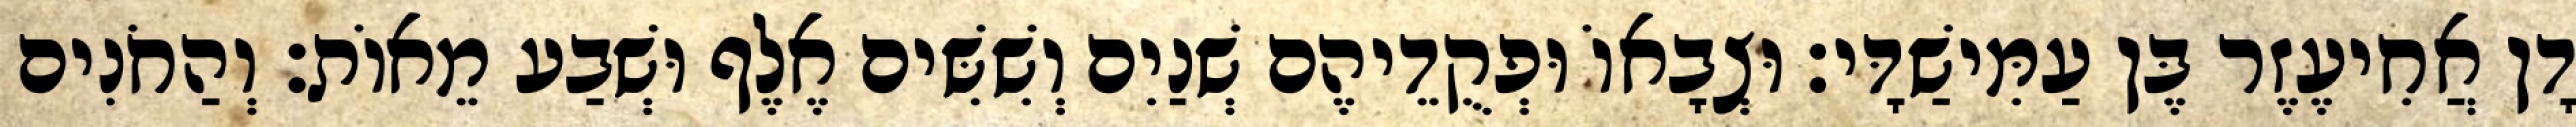
דָן אֲחִיעֶזֶר בֶּן עַמִּישַׁדָּי׃ וּצְבָאוֹ וּפְקֻדֵיהֶם שְׁנַיִם וְשִׁשִּׁים אֶלֶף וּשְׁבַע מֵאוֹת׃ וְהַחֹנִים